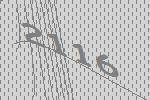
2116